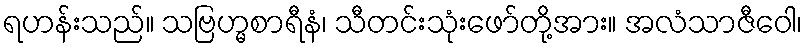
ရဟန်းသည်။ သဗြဟ္မစာရီနံ၊ သီတင်းသုံးဖော်တို့အား။ အလံသာဇီဝေါ၊